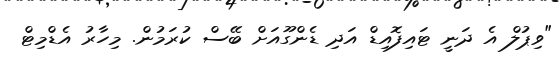
"ވިޕުލް އެ ދަނީ ޓައިފޮއިޑް އަދި ޑެންގޫއަށް ބޭސް ކުރަމުން. މިހާރު އެޑްމިޓް